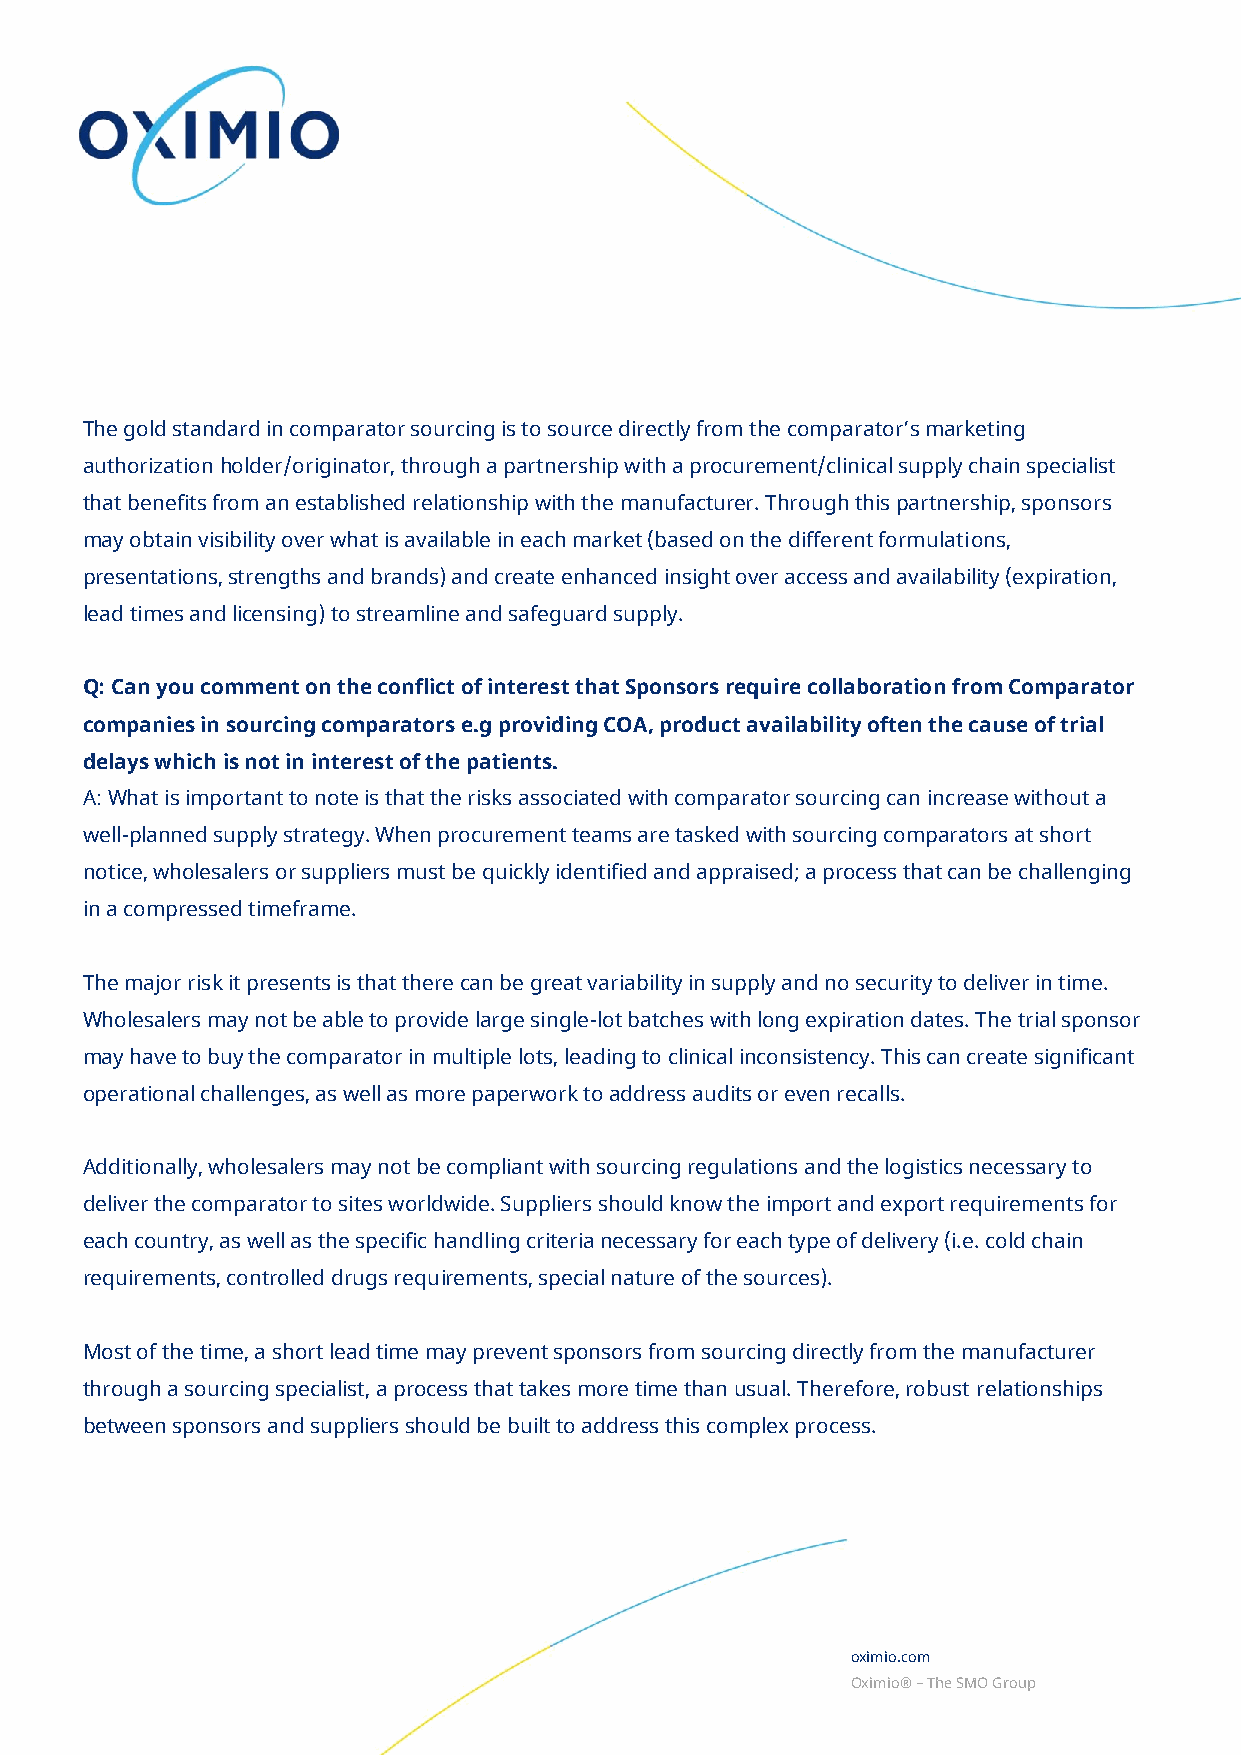
The gold standard in comparator sourcing is to source directly from the comparator’s marketing
 authorization holder/originator, through a partnership with a procurement/clinical supply chain specialist
 that benefits from an established relationship with the manufacturer. Through this partnership, sponsors
 may obtain visibility over what is available in each market (based on the different formulations,
 presentations, strengths and brands) and create enhanced insight over access and availability (expiration,
 lead times and licensing) to streamline and safeguard supply.
 Q: Can you comment on the conflict of interest that Sponsors require collaboration from Comparator
 companies in sourcing comparators e.g providing COA, product availability often the cause of trial
 delays which is not in interest of the patients.
 A: What is important to note is that the risks associated with comparator sourcing can increase without a
 well-planned supply strategy. When procurement teams are tasked with sourcing comparators at short
 notice, wholesalers or suppliers must be quickly identified and appraised; a process that can be challenging
 in a compressed timeframe.
 The major risk it presents is that there can be great variability in supply and no security to deliver in time.
 Wholesalers may not be able to provide large single-lot batches with long expiration dates. The trial sponsor
 may have to buy the comparator in multiple lots, leading to clinical inconsistency. This can create significant
 operational challenges, as well as more paperwork to address audits or even recalls.
 Additionally, wholesalers may not be compliant with sourcing regulations and the logistics necessary to
 deliver the comparator to sites worldwide. Suppliers should know the import and export requirements for
 each country, as well as the specific handling criteria necessary for each type of delivery (i.e. cold chain
 requirements, controlled drugs requirements, special nature of the sources).
 Most of the time, a short lead time may prevent sponsors from sourcing directly from the manufacturer
 through a sourcing specialist, a process that takes more time than usual. Therefore, robust relationships
 between sponsors and suppliers should be built to address this complex process.
 oximio.com
 Oximio® – The SMO Group